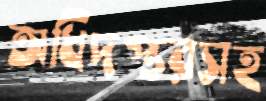
অধিদপ্তরসহ